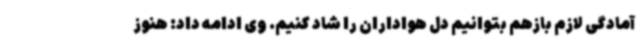
آمادگی لازم بازهم بتوانیم دل هواداران را شاد کنیم. وی ادامه داد: هنوز